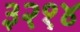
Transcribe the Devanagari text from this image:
३२१४